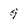
Character: 9